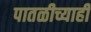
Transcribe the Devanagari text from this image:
पातळीच्याही